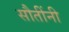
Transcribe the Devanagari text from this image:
सौतींनी